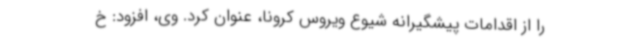
را از اقدامات پیشگیرانه شیوع ویروس کرونا، عنوان کرد. وی، افزود: خ